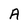
Character: A